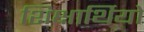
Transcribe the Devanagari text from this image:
शिक्षार्थियो